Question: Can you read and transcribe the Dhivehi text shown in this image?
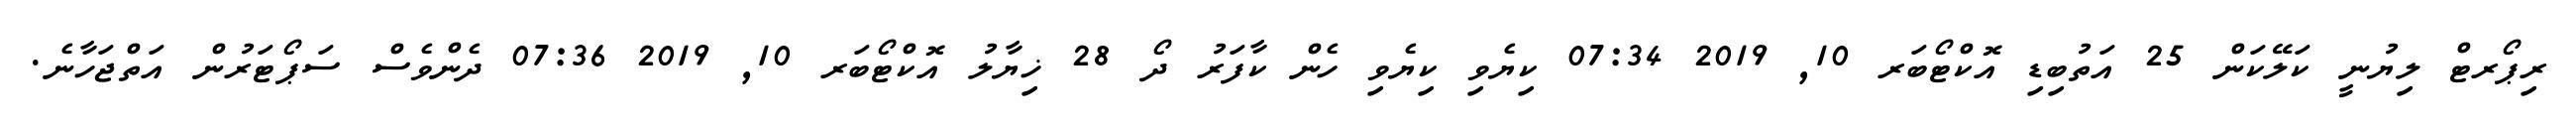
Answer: ރިޕޯރޓް ލިޔުނީ ކަލޭކަން 25 އަތުބިޑި އޮކްޓޯބަރ 10, 2019 07:34 ކިޔެވި ކިޔެވި ހެން ކާފަރު ދޯ 28 ޚިޔާލު އޮކްޓޯބަރ 10, 2019 07:36 ދެންވެސް ސަޕޯޓަރުން އަތްޖަހާނެ.